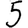
Digit: 5